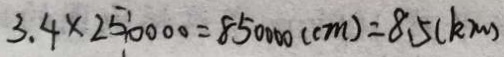
3 . 4 \times 2 5 0 0 0 0 = 8 5 0 0 0 0 ( c m ) = 8 . 5 ( k m )